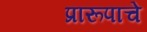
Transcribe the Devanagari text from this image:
प्रारूपाचे